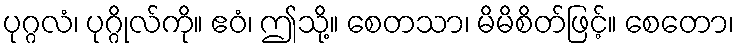
ပုဂ္ဂလံ၊ ပုဂ္ဂိုလ်ကို။ ဧဝံ၊ ဤသို့။ စေတသာ၊ မိမိစိတ်ဖြင့်။ စေတော၊